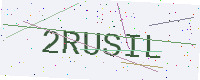
Text: 2RUSIL